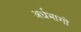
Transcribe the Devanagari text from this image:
अर्धभागों